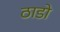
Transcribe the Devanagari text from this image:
ठाडो